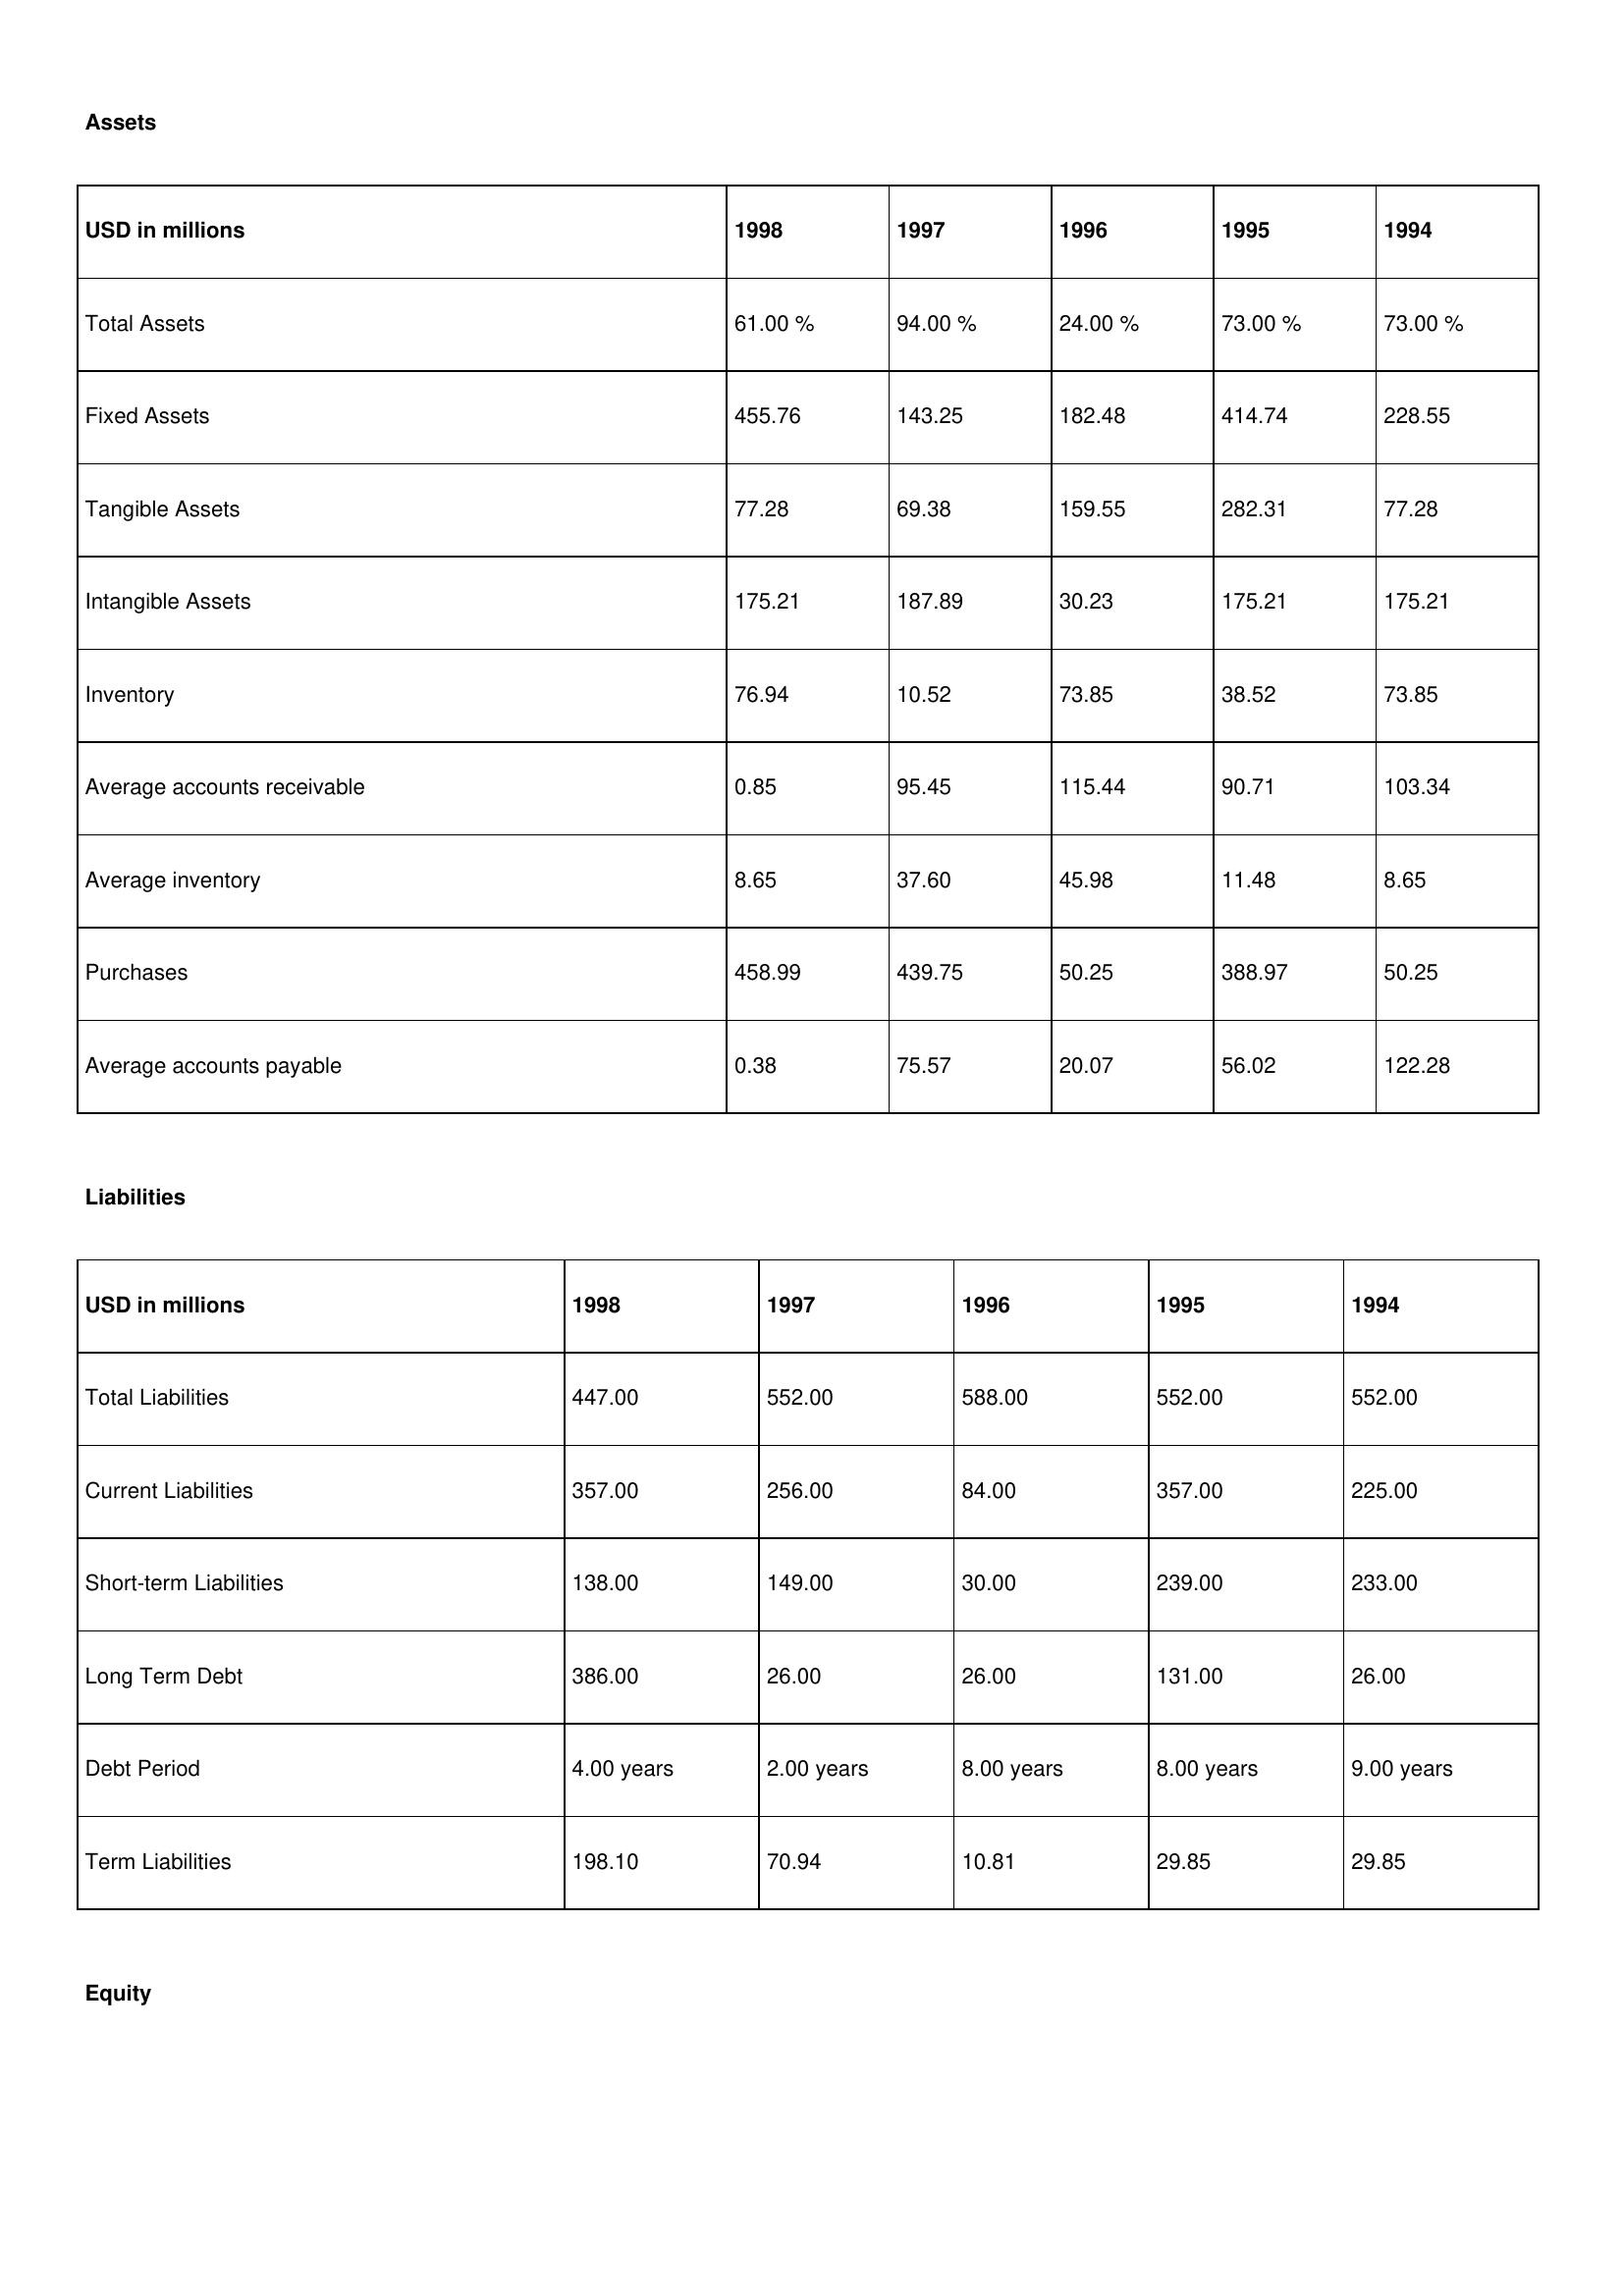
gt_parse: 1998: Assets: Total Assets: 61.00 %
Fixed Assets: 455.76
Tangible Assets: 77.28
Intangible Assets: 175.21
Inventory: 76.94
Average accounts receivable: 0.85
Average inventory: 8.65
Purchases: 458.99
Average accounts payable: 0.38
Liabilities: Total Liabilities: 447.00
Current Liabilities: 357.00
Short-term Liabilities: 138.00
Long Term Debt: 386.00
Debt Period: 4.00 years
Term Liabilities: 198.10
Equity: Common Stock: 207.52
Treasury Stock: 15.41
Other Comprehensive Income: 80.89
Total Equity: 21.00 %
Issued Capital: 390.00
Paid-up Capital: 95.88
Additional Paid-In Capital: 81.24
General Reserves: 110.46
Credit Balance: 15.71
Retained Earnings: 443.88
1997: Assets: Total Assets: 94.00 %
Fixed Assets: 143.25
Tangible Assets: 69.38
Intangible Assets: 187.89
Inventory: 10.52
Average accounts receivable: 95.45
Average inventory: 37.60
Purchases: 439.75
Average accounts payable: 75.57
Liabilities: Total Liabilities: 552.00
Current Liabilities: 256.00
Short-term Liabilities: 149.00
Long Term Debt: 26.00
Debt Period: 2.00 years
Term Liabilities: 70.94
Equity: Common Stock: 288.19
Treasury Stock: 27.95
Other Comprehensive Income: 86.14
Total Equity: 79.00 %
Issued Capital: 345.00
Paid-up Capital: 9.64
Additional Paid-In Capital: 68.54
General Reserves: 58.59
Credit Balance: 2.27
Retained Earnings: 207.78
1996: Assets: Total Assets: 24.00 %
Fixed Assets: 182.48
Tangible Assets: 159.55
Intangible Assets: 30.23
Inventory: 73.85
Average accounts receivable: 115.44
Average inventory: 45.98
Purchases: 50.25
Average accounts payable: 20.07
Liabilities: Total Liabilities: 588.00
Current Liabilities: 84.00
Short-term Liabilities: 30.00
Long Term Debt: 26.00
Debt Period: 8.00 years
Term Liabilities: 10.81
Equity: Common Stock: 31.72
Treasury Stock: 31.88
Other Comprehensive Income: 29.09
Total Equity: 25.00 %
Issued Capital: 90.00
Paid-up Capital: 9.64
Additional Paid-In Capital: 31.39
General Reserves: 190.54
Credit Balance: 16.03
Retained Earnings: 225.12
1995: Assets: Total Assets: 73.00 %
Fixed Assets: 414.74
Tangible Assets: 282.31
Intangible Assets: 175.21
Inventory: 38.52
Average accounts receivable: 90.71
Average inventory: 11.48
Purchases: 388.97
Average accounts payable: 56.02
Liabilities: Total Liabilities: 552.00
Current Liabilities: 357.00
Short-term Liabilities: 239.00
Long Term Debt: 131.00
Debt Period: 8.00 years
Term Liabilities: 29.85
Equity: Common Stock: 207.52
Treasury Stock: 27.95
Other Comprehensive Income: 29.09
Total Equity: 25.00 %
Issued Capital: 247.00
Paid-up Capital: 63.29
Additional Paid-In Capital: 50.35
General Reserves: 144.48
Credit Balance: 15.71
Retained Earnings: 278.56
1994: Assets: Total Assets: 73.00 %
Fixed Assets: 228.55
Tangible Assets: 77.28
Intangible Assets: 175.21
Inventory: 73.85
Average accounts receivable: 103.34
Average inventory: 8.65
Purchases: 50.25
Average accounts payable: 122.28
Liabilities: Total Liabilities: 552.00
Current Liabilities: 225.00
Short-term Liabilities: 233.00
Long Term Debt: 26.00
Debt Period: 9.00 years
Term Liabilities: 29.85
Equity: Common Stock: 288.19
Treasury Stock: 31.88
Other Comprehensive Income: 3.84
Total Equity: 25.00 %
Issued Capital: 90.00
Paid-up Capital: 94.32
Additional Paid-In Capital: 31.39
General Reserves: 12.87
Credit Balance: 2.27
Retained Earnings: 443.88